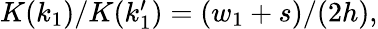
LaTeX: \begin{array}{r}{K(k_{1})/K(k_{1}^{\prime})=(w_{1}+s)/(2h),}\end{array}